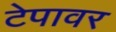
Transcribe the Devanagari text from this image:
टेपावर